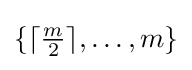
{\textstyle \{\lceil {\frac {m}{2}}\rceil ,\dots ,m\}}